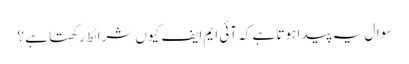
سوال یہ پیدا ہوتا ہے کہ آئی ایم ایف کیوں شرائط رکھتا ہے ؟